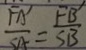
\frac { F A ^ { \prime } } { S A } = \frac { F B ^ { \prime } } { S B }